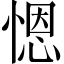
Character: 𢞴